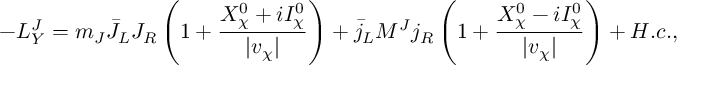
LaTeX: - { \cal L } _ { Y } ^ { J } = m _ { J } \bar { J } _ { L } J _ { R } \left( 1 + \frac { X _ { \chi } ^ { 0 } + i I _ { \chi } ^ { 0 } } { \vert v _ { \chi } \vert } \right) + \bar { j } _ { L } M ^ { J } j _ { R } \left( 1 + \frac { X _ { \chi } ^ { 0 } - i I _ { \chi } ^ { 0 } } { \vert v _ { \chi } \vert } \right) + H . c . ,